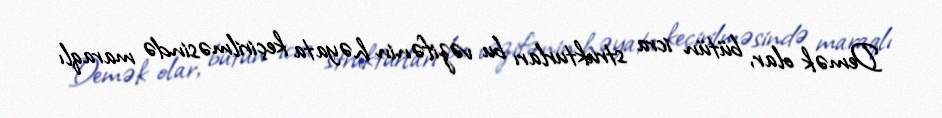
Demək olar, bütün icra strukturları bu vəzifənin həyata keçirilməsində maraqlı